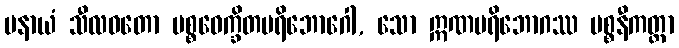
ပနာယံ သီလဝတော ပစ္စဝေက္ခိတပရိဘောဂေါ, သော ဣဏပရိဘောဂဿ ပစ္စနီကတ္တာ